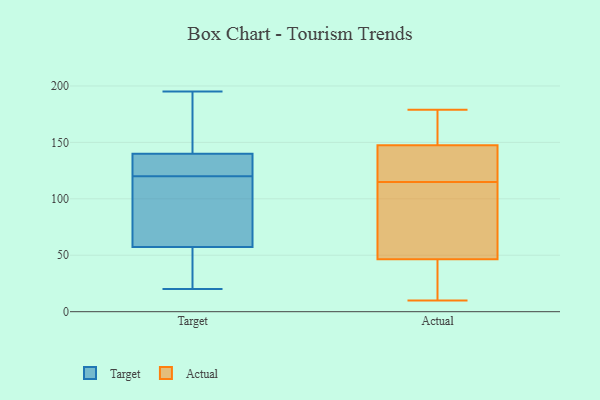
{"axis": {"x": "Tickets Resolved", "y": "Value"}, "legend": ["Actual", "Target"], "data": [{"x": "", "y": 68, "type": "Target"}, {"x": "", "y": 67, "type": "Target"}, {"x": "", "y": 54, "type": "Target"}, {"x": "", "y": 120, "type": "Target"}, {"x": "", "y": 122, "type": "Target"}, {"x": "", "y": 195, "type": "Target"}, {"x": "", "y": 41, "type": "Target"}, {"x": "", "y": 97, "type": "Target"}, {"x": "", "y": 145, "type": "Target"}, {"x": "", "y": 164, "type": "Target"}, {"x": "", "y": 122, "type": "Target"}, {"x": "", "y": 30, "type": "Target"}, {"x": "", "y": 181, "type": "Target"}, {"x": "", "y": 20, "type": "Target"}, {"x": "", "y": 125, "type": "Target"}, {"x": "", "y": 116, "type": "Actual"}, {"x": "", "y": 145, "type": "Actual"}, {"x": "", "y": 29, "type": "Actual"}, {"x": "", "y": 29, "type": "Actual"}, {"x": "", "y": 14, "type": "Actual"}, {"x": "", "y": 122, "type": "Actual"}, {"x": "", "y": 10, "type": "Actual"}, {"x": "", "y": 97, "type": "Actual"}, {"x": "", "y": 64, "type": "Actual"}, {"x": "", "y": 166, "type": "Actual"}, {"x": "", "y": 90, "type": "Actual"}, {"x": "", "y": 150, "type": "Actual"}, {"x": "", "y": 131, "type": "Actual"}, {"x": "", "y": 157, "type": "Actual"}, {"x": "", "y": 179, "type": "Actual"}, {"x": "", "y": 114, "type": "Actual"}]}